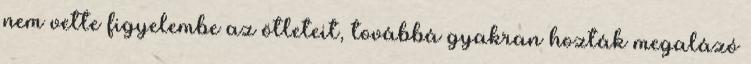
nem vette figyelembe az ötleteit, továbbá gyakran hozták megalázó